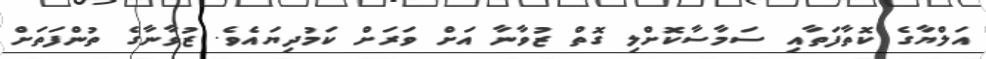
އަލްޔާގެ ކޮތާފަތާއި ސަމާސާކޮށްލި ގޮތް ޒުވާނާ އަށް ވަރަށް ކަމުދިޔައެވެ. ޒުވާނާގެެ ތުންފަތަށް